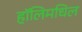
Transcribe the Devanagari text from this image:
हॉलिमधिल